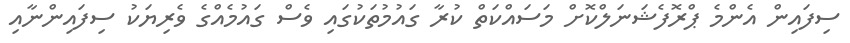
ސިފައިން އެންމެ ޕްރޮފެޝަނަލްކޮށް މަސައްކަތް ކުރާ ގައުމުތަކުގައި ވެސް ގައުމެއްގެ ވެރިޔަކު ސިފައިންނާއި